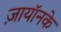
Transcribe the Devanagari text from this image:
ज़ायॉनके